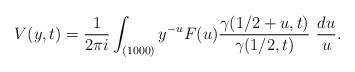
LaTeX: \begin{align*}V(y,t) = \frac{1}{2\pi i}\int_{(1000)} y^{-u} F(u)\frac{\gamma({1}/{2}+u,t)}{\gamma({1}/{2},t)} ~\frac{du}{u} .\end{align*}